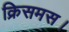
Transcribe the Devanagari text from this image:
क्रिसमस।